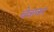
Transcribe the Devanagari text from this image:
चेवाकर